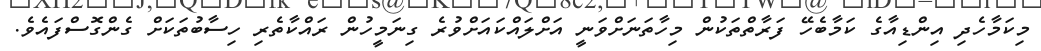
މިކަމާހެދި އިންޑިއާގެ ކަމާބެހޭ ފަރާތްތަކުން މިހާތަނަށްވަނީ އަށްލައްކައަށްވުރެ ގިނަމީހުން ރައްކާތެރި ހިސާބުތަކަށް ގެންގޮސްފައެވެ.